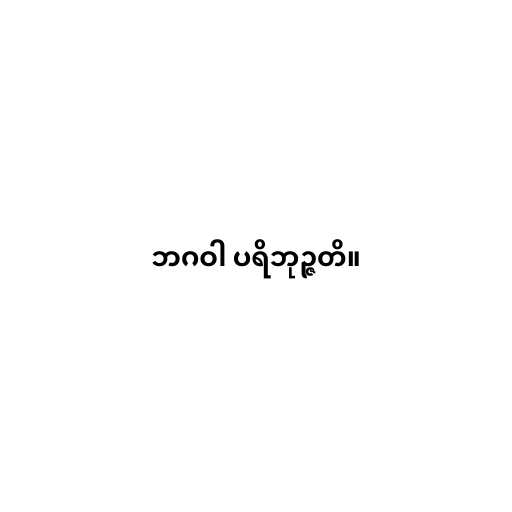
ဘဂဝါ ပရိဘုဉ္ဇတိ။